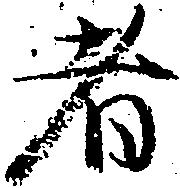
者